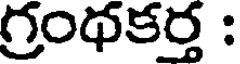
గ్రంథకర్త :